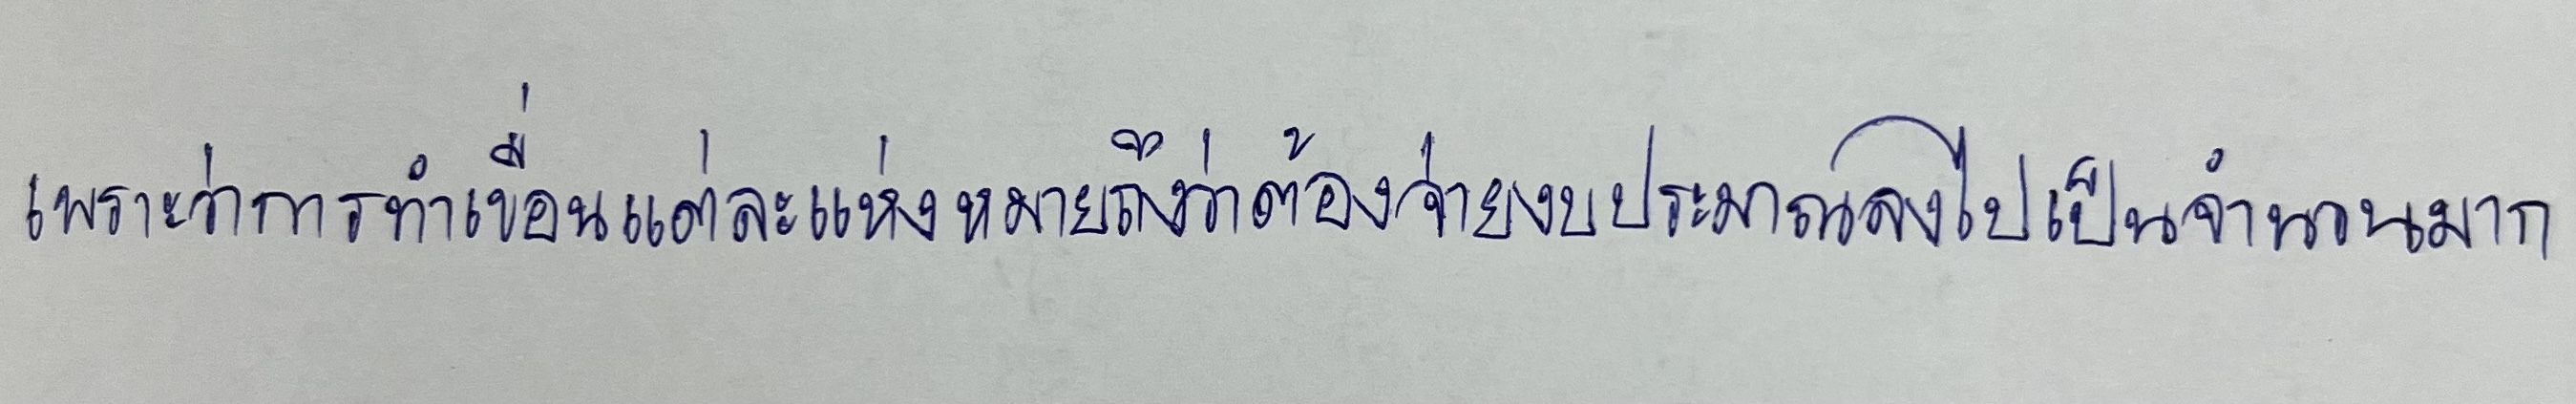
เพราะว่าการทำเขื่อนแต่ละแห่งหมายถึงว่าต้องจ่ายงบประมาณลงไปเป็นจำนวนมาก